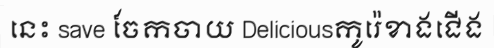
នេះ save ចែកចាយ Deliciousកូរ៉េខាងជើង